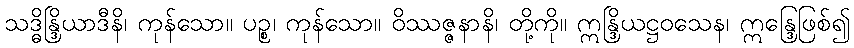
သဒ္ဓိန္ဒြိယာဒီနိ၊ ကုန်သော။ ပဉ္စ၊ ကုန်သော။ ဝိဿဇ္ဇနာနိ၊ တို့ကို။ ဣန္ဒြိယဋ္ဌဝသေန၊ ဣန္ဒြေဖြစ်၍